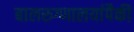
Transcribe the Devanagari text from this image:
बालरुग्णालयांपैकी